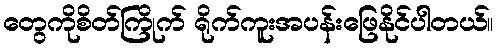
တွေကိုစိတ်ကြိုက် ရိုက်ကူးအပန်းဖြေနိုင်ပါတယ်။